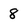
Character: 8